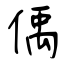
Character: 偊